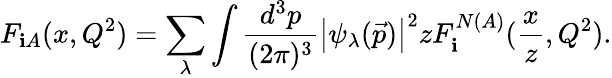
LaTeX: F_{\mathbf{i}A}(x,Q^{2})=\sum_{\lambda}\int\frac{{d^{3}p}}{{(2\pi)^{3}}}\left|\psi_{\lambda}(\vec{{p}})\right|^{2}zF_{\mathbf{i}}^{N(A)}(\frac{{x}}{{z}},Q^{2}).